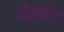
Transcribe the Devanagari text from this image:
जेइग्रेट